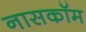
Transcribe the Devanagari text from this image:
नासकॉम